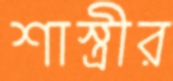
শাস্ত্রীর